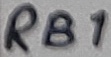
Text: RB1